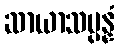
ဆာယာသမ္ပန္နံ